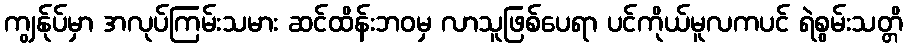
ကျွန်ုပ်မှာ အလုပ်ကြမ်းသမား ဆင်ထိန်းဘဝမှ လာသူဖြစ်ပေရာ ပင်ကိုယ်မူလကပင် ရဲစွမ်းသတ္တိ